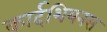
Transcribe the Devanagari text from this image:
कार्दशियनस